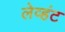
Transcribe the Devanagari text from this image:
लेव्हंट